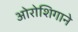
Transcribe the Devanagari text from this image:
ओरोशिगाने